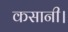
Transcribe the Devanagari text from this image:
कसानी।